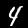
Digit: 4